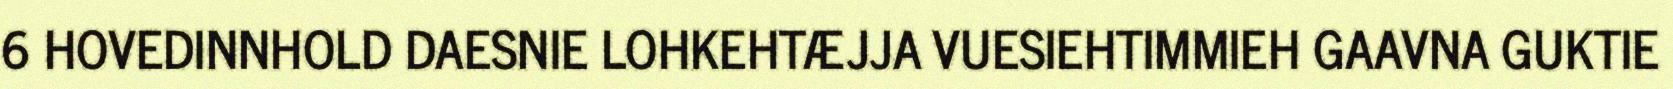
6 HOVEDINNHOLD DAESNIE LOHKEHTÆJJA VUESIEHTIMMIEH GAAVNA GUKTIE